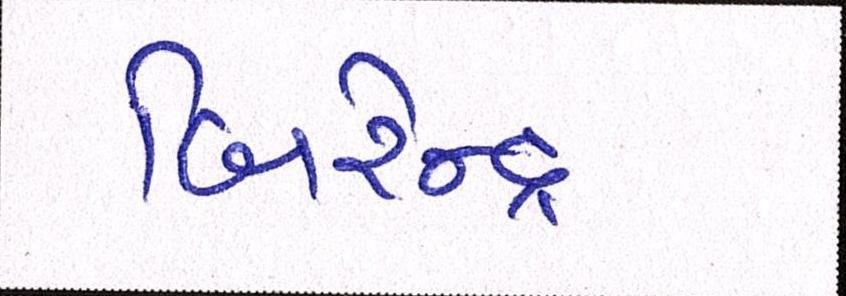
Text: બિરેન્દ્ર